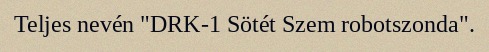
Teljes nevén "DRK-1 Sötét Szem robotszonda".